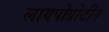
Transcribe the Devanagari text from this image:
लायपोप्रोटीन